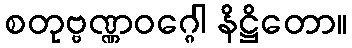
စတုဗ္ဗဏ္ဏဝဂ္ဂေါ နိဋ္ဌိတော။